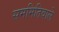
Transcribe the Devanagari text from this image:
सममितिवाले